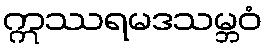
ဣဿရမဒသမ္ဘဝံ